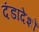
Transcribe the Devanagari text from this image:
दंडादेशों